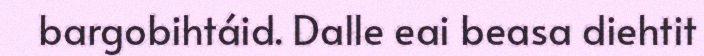
bargobihtáid. Dalle eai beasa diehtit